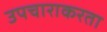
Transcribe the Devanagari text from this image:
उपचाराकरता